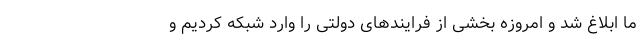
ما ابلاغ شد و امروزه بخشی از فرایندهای دولتی را وارد شبکه کردیم و